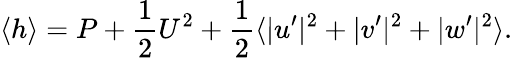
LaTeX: \langle h\rangle=P+\frac{1}{2}U^{2}+\frac{1}{2}\langle|u^{\prime}|^{2}+|v^{\prime}|^{2}+|w^{\prime}|^{2}\rangle.